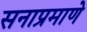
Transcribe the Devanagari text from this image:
सनाप्रमाणे